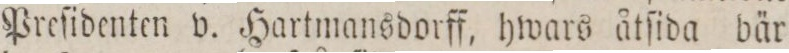
Preſidenten v. Hartmansdorff, hwars åtſida bär